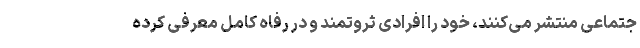
جتماعی منتشر می‌کنند، خود را افرادی ثروتمند و در رفاه کامل معرفی کرده